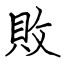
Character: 敗